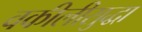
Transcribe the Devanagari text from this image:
वकीलीसुद्धा